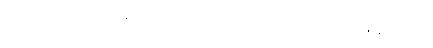
ဤသို့တစ်ပါးတည်း ကိန်းခြင်းသည်လည်း။ ဒိဿတိ၊ ထင်ပြန်၏။ ဘန္တေ နာဂသေန၊